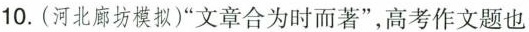
10.(河北廊坊模拟)”文章合为时而著”，高考作文题也